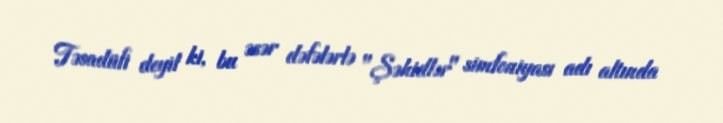
Təsadüfi deyil ki, bu əsər dəfələrlə "Şəhidlər" simfoniyası adı altında